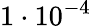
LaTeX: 1\cdot 10^{-4}